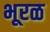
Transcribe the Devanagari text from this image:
भूरळ